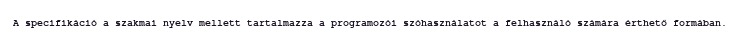
A specifikáció a szakmai nyelv mellett tartalmazza a programozói szóhasználatot a felhasználó számára érthető formában.